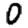
Digit: 0